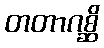
တတာဂစ္ဆိ